Plague in India, 1896, 1897 - Volume 3
Year: 1896
Disease focus: Plague
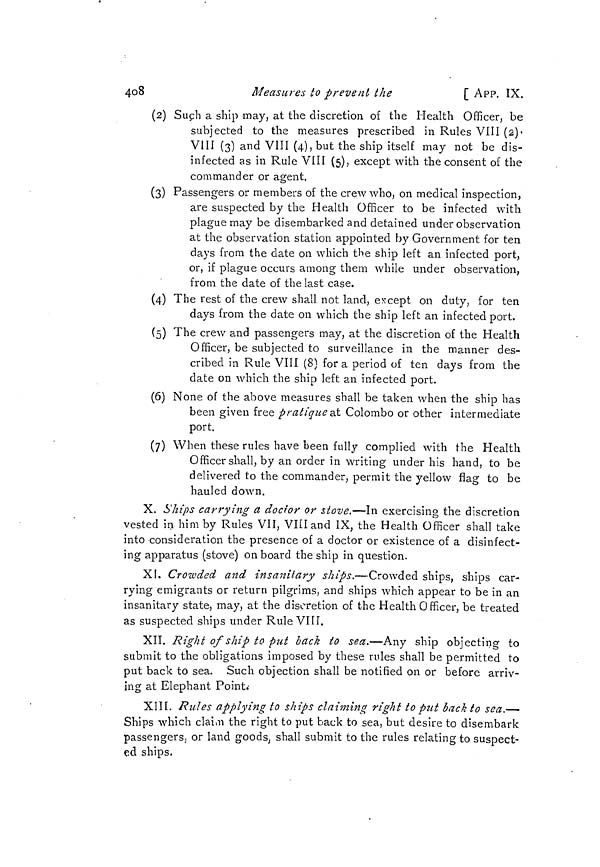
4o8
Measures to prevent the
[ APP. IX.
(2) Such a ship may, at the discretion of the Health Officer, be
subjected to the measures prescribed in Rules VIII
VIII (3) and VIII (4), but the ship itself may not be dis-
infected as in Rule VIII (5), except with the consent of the
commander or agent.
(3) Passengers or members of the crew who, on medical inspection,
are suspected by the Health Officer to be infected with
plague may be disembarked and detained under observation
at the observation station appointed by Government for ten
days from the date on which the ship left an infected port,
or, if plague occurs among them while under observation,
from the date of the last case.
(4) The rest of the crew shall not land, except on duty, for ten
days from the date on which the ship left an infected port.
(5) The crew and passengers may, at the discretion of the Health
Officer, be subjected to surveillance in the manner des-
cribed in Rule VIII (8) for a period of ten days from the
date on which the ship left an infected port.
(6) None of the above measures shall be taken when the ship has
been given free pratique at Colombo or other intermediate
port.
(7) When these rules have been fully complied with the Health
Officer shall, by an order in writing under his hand, to be
delivered to the commander, permit the yellow flag to be
hauled down.
X. Ships carrying a docior or stove.—In exercising the discretion
vested in him by Rules VII, VIII and IX, the Health Officer shall take
into consideration the presence of a doctor or existence of a disinfect-
ing apparatus (stove) on board the ship in question.
XI. Crowded and insanitary ships.—Crowded ships, ships car-
rying emigrants or return pilgrims, and ships which appear to be in an
insanitary state, may, at the discretion of the Health Officer, be treated
as suspected ships under Rule VIII.
XII. Right of ship to put back to sea.—Any ship objecting to
submit to the obligations imposed by these rules shall be permitted to
put back to sea. Such objection shall be notified on or before arriv-
ing at Elephant Point.
XIII. Rules applying to ships claiming right to put back to sea.—-
Ships which claim the right to put back to sea, but desire to disembark
passengers, or land goods, shall submit to the rules relating to suspect-
ed ships.